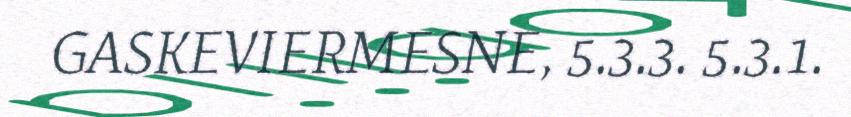
GASKEVIERMESNE, 5.3.3. 5.3.1.